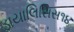
ડાયાલિસિસ૧૪